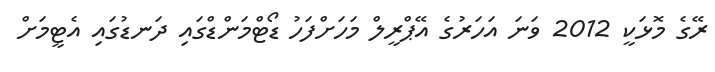
ރޭގެ މޮޅަކީ 2012 ވަނަ އަހަރުގެ އޭޕްރީލް މަހަށްފަހު ޑޯޓްމަންޑްގައި ދަނޑުގައި އެޓީމަށް